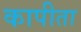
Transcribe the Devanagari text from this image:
कापीता